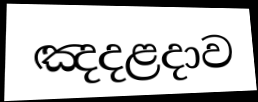
ඤදළදාව